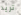
تريد